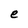
Character: e